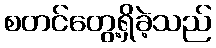
စတင်တွေ့ရှိခဲ့သည်